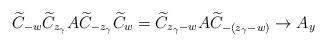
LaTeX: \begin{align*}\widetilde{C}_{-w} \widetilde{C}_{z_\gamma} A \widetilde{C}_{-z_\gamma} \widetilde{C}_{w} &= \widetilde{C}_{z_\gamma - w} A \widetilde{C}_{-(z_\gamma - w)} \to A_y\end{align*}